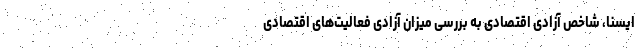
ایسنا، شاخص آزادی اقتصادی به بررسی میزان آزادی فعالیت‌های اقتصادی